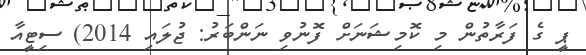
ޕީ ގެ ފަރާތުން މި ކޮމިޝަނަށް ފޮނުވި ނަންބަރު: ޖުލައި 2014) ސިޓީއާ